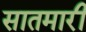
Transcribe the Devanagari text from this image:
सातमारी